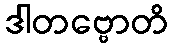
ဒါတဗ္ဗောတိ